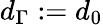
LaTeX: d_{\Gamma}:=d_{0}